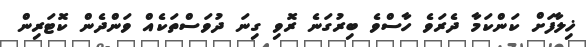
ޚިލާފަށް ކަންކަމާ ދެރަވެ ހާސްވެ ބިރުގަނެ ރޮވި ގިނަ ދުވަސްތަކެއް ވަންދެން ކޮޓަރިން